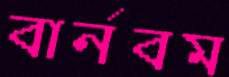
বার্নবম